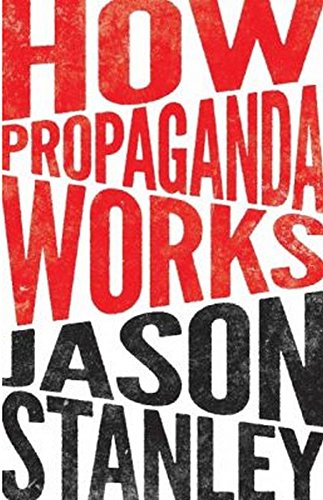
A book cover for How Propaganda Works; Jason Stanley; Politics & Social Sciences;